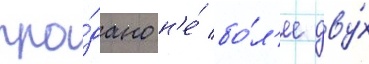
про́дано н'е́ бо́л'ее дву́х